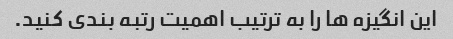
این انگیزه ها را به ترتیب اهمیت رتبه بندی کنید.